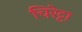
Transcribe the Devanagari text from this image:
चिरेट्टा